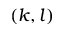
( k , l )